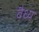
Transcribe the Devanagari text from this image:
वैध्य